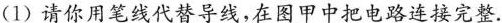
(1)请你用笔线代替导线，在图甲中把电路连接完整.